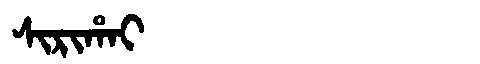
Manchu: ᠰᡳᡵᡳᡥᠠᡳ
Romanization: SIRIHAI